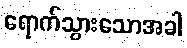
ရောက်သွားသောအခါ